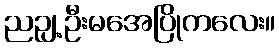
ညဉျ့ဦးမအေပြိုကလေး။